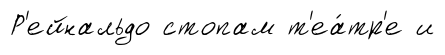
Р'ейнальдо стопам т'еа́тр'е и